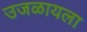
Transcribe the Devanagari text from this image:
उजळायला